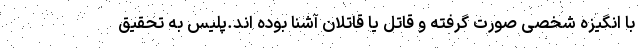
با انگیزه شخصی صورت گرفته و قاتل یا قاتلان آشنا بوده اند.پلیس به تحقیق